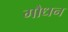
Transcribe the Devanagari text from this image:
गौधन